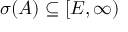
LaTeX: \sigma ( A ) \subseteq [ E , \infty )